system: You are a helpful assistant.
user:
Analyze the provided spectrum to determine if it is a **S-type Star**.

- **Key Indicators for S-type Star:**

    - **(Overall Spectrum Shape):** The first and most obvious characteristic is the overall continuum (the "baseline" shape). It is **extremely "red-sloping,"** meaning the flux (light intensity) is very low on the left side (blue, ~4000-4500 Å) and rises steeply and continuously toward the right side (red, ~7000 Å+).

    - **(Primary):** The spectrum is defined by the presence of strong, broad molecular absorption "valleys" (bands) from **Zirconium Oxide (ZrO)**. The identification of these bands is the **primary requirement** for classifying a star as S-type.
        - **(Key Bandheads):** You must find distinct, deep "dips" where the light has been absorbed. The most critical band systems to locate are:
            - **~6474 Å** ($\gamma$-system): This is often the strongest and clearest ZrO feature, found in the red part of the spectrum.
            - **~5718 Å** & **~5551 Å** ($\beta$-system): A pair of prominent absorption features in the yellow-orange part of the spectrum.
            - **~4640 Å** ($\alpha$-system): A key absorption band system in the blue-green region of the spectrum.

    - **(Secondary Confirmation):** The classification is strengthened by finding additional absorption bands from other related heavy element oxides, which are expected to be present alongside ZrO.
        - **(Key Bandheads):**
            - **Yttrium Oxide (YO):** Look for absorption dips near **~4800 Å** and **~6100 Å**.
            - **Lanthanum Oxide (LaO):** Additional absorption features, particularly in the red-orange part of the spectrum, are also characteristic.

    - **(Line Profile):** The combination of the steep red continuum and these numerous, deep molecular bands (ZrO, YO, etc.) gives the entire spectrum a very **"chopped-up"** or **"bumpy"** appearance. Instead of a smooth curve, the spectrum looks as though large, wide chunks of light have been "carved out" of it at the specific wavelengths listed above.

Think first, call **spectral_visualization_tool** if needed to examine features in detail, then provide your final answer. Your response must adhere to the following strict rules:
1.  **Overall Structure:** Your response must follow the format `<think>...</think> <tool_call>...</tool_call> (if a tool is used) <answer>...</answer>`.
2.  **Tool Usage Constraint:** You may only make **one** tool call per turn.
3.  **Final Answer Format:** In the `<answer>` tag, your conclusion must be inside a `\boxed{}` command (e.g., `\boxed{YES}` or `\boxed{NO}`), followed by your justification.

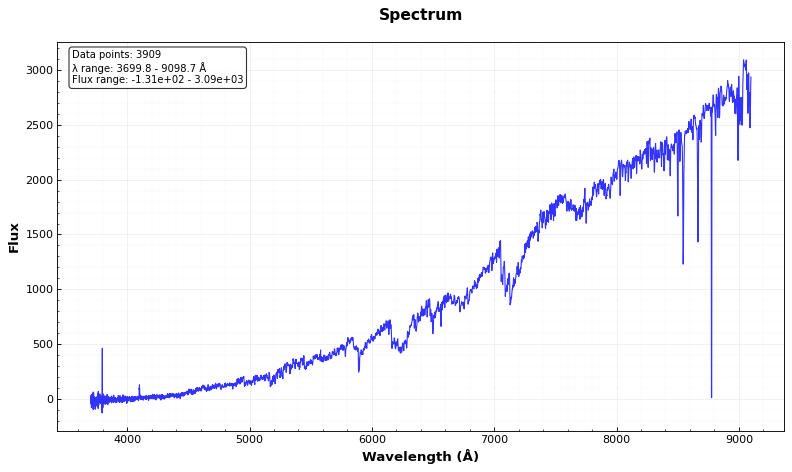
Answer: YES